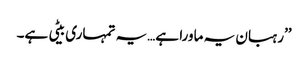
’’رہبان یہ ماورا ہے…یہ تمہاری بیٹی ہے۔